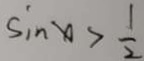
\sin x > \frac { 1 } { 2 }